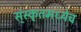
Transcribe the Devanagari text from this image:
स्ंस्कृतमध्येच